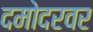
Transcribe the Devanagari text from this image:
दमोदरवर